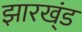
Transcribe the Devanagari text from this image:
झारख्ंड